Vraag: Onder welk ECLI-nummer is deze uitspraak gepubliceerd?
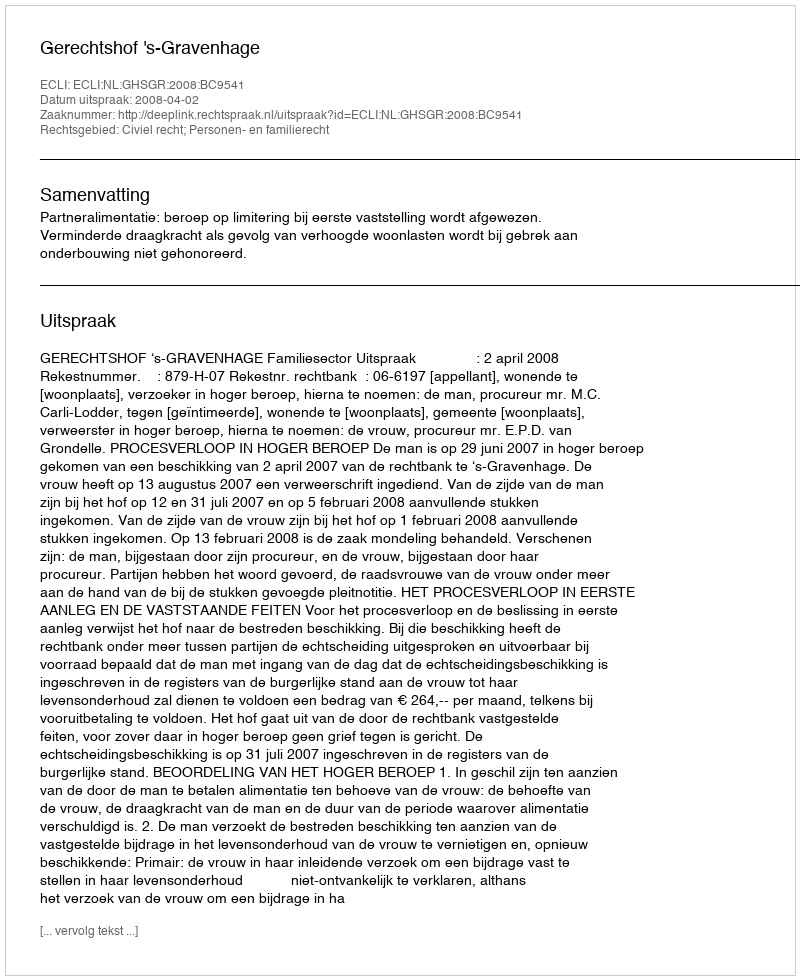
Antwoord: ECLI:NL:GHSGR:2008:BC9541